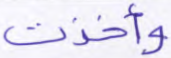
وأخذت